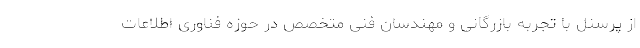
از پرسنل با تجربه بازرگانی و مهندسان فنی متخصص در حوزه فناوری اطلاعات